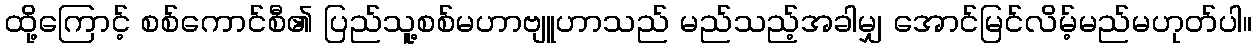
ထို့ကြောင့် စစ်ကောင်စီ၏ ပြည်သူ့စစ်မဟာဗျူဟာသည် မည်သည့်အခါမျှ အောင်မြင်လိမ့်မည်မဟုတ်ပါ။